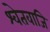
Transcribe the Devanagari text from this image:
श्वेतवाजि